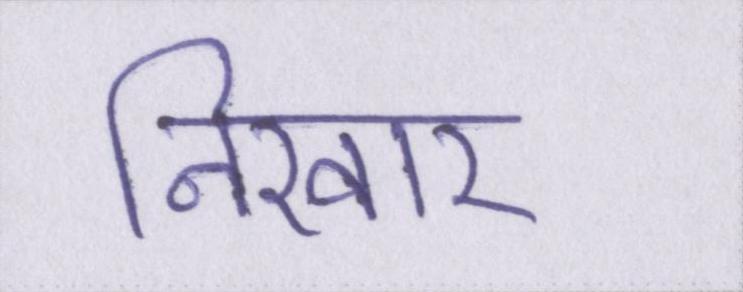
निखार